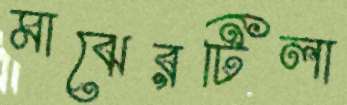
মাঝেরটিলা